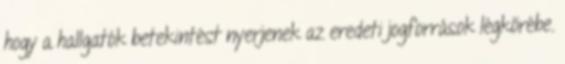
hogy a hallgatók betekintést nyerjenek az eredeti jogforrások légkörébe.